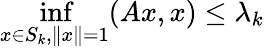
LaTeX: \operatorname*{inf}_{x\in S_{k},\| x\| =1}(Ax,x)\leq\lambda_{k}